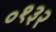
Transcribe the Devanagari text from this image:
०१३२